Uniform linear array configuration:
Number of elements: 48
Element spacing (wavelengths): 1
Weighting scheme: blackman
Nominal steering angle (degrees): -60
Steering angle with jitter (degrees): -58.288
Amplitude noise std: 0.05
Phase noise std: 0.05

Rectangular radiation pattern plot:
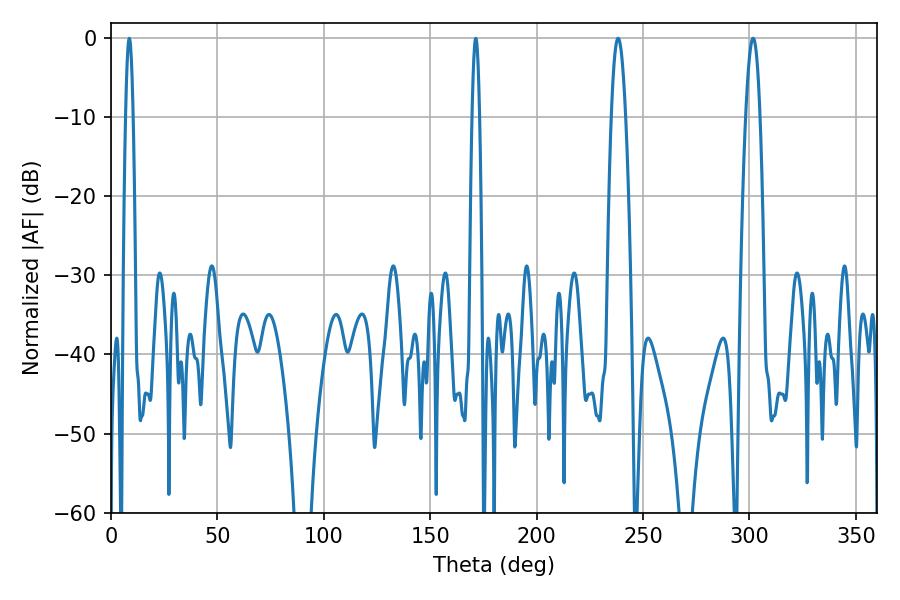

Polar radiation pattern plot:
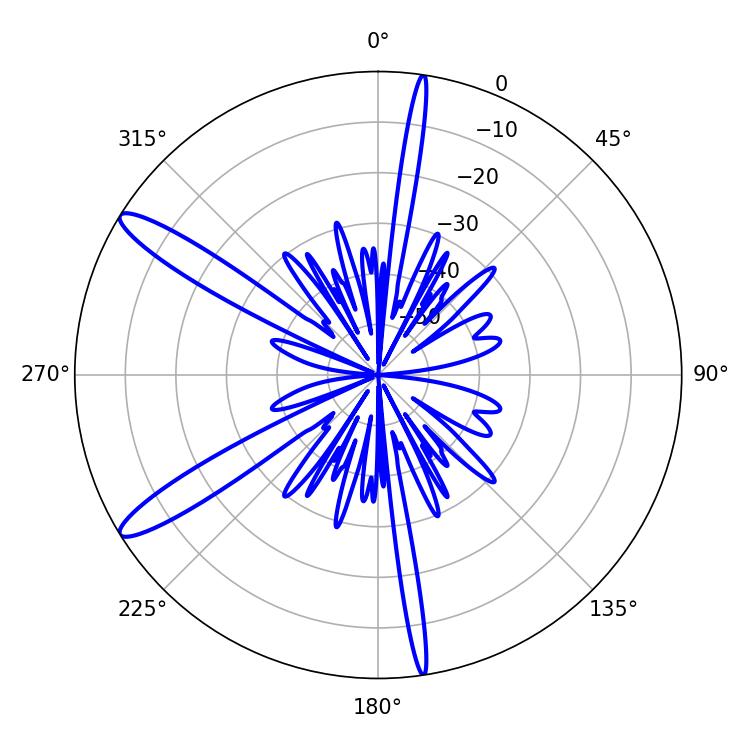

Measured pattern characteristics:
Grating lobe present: TRUE
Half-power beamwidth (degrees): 3.6
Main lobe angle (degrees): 301.68